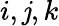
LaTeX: i,\mathit{j},k